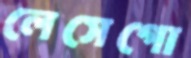
লেসেগো